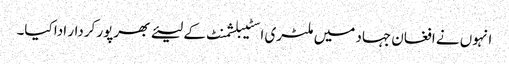
انہوں نے افغان جہاد میں ملٹری اسٹیبلشمنٹ کے لیئے بھرپور کردار ادا کیا۔